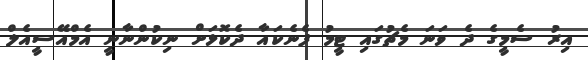
އިރު ސެމީގެ ދެ ވަނަ މެޗުގައި ޓީމު ފެނެކައާ ދެކޮޅަށް ނިކުންނާނީ އެމްއޭސީއެލް